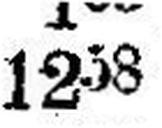
1258